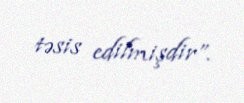
təsis edilmişdir”.